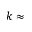
k \approx